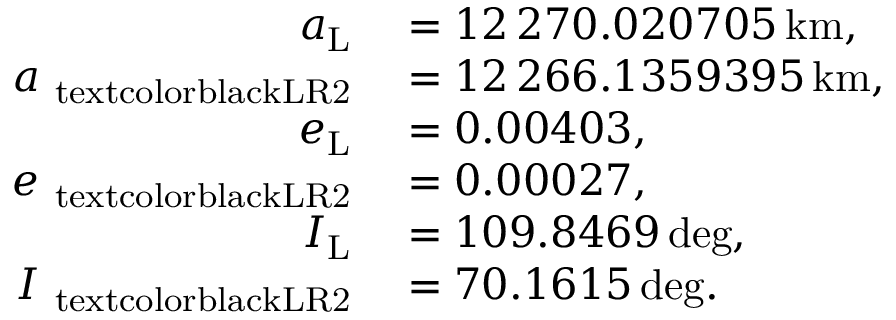
\begin{array} { r l } { a _ { \mathrm { L } } } & { { } = 1 2 \, 2 7 0 . 0 2 0 7 0 5 \, \mathrm { k m } , } \\ { a _ { \mathrm { \ t e x t c o l o r { b l a c k } { L R 2 } } } } & { { } = 1 2 \, 2 6 6 . 1 3 5 9 3 9 5 \, \mathrm { k m } , } \\ { e _ { \mathrm { L } } } & { { } = 0 . 0 0 4 0 3 , } \\ { e _ { \mathrm { \ t e x t c o l o r { b l a c k } { L R 2 } } } } & { { } = 0 . 0 0 0 2 7 , } \\ { I _ { \mathrm { L } } } & { { } = 1 0 9 . 8 4 6 9 \, \mathrm { d e g } , } \\ { I _ { \mathrm { \ t e x t c o l o r { b l a c k } { L R 2 } } } } & { { } = 7 0 . 1 6 1 5 \, \mathrm { d e g } . } \end{array}